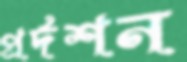
প্রর্দশন